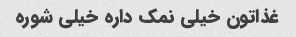
غذاتون خیلی نمک داره خیلی شوره